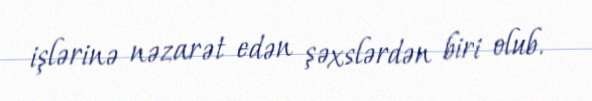
işlərinə nəzarət edən şəxslərdən biri olub.